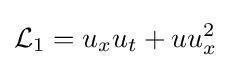
{\mathcal {L}}_{1}=u_{x}u_{t}+uu_{x}^{2}